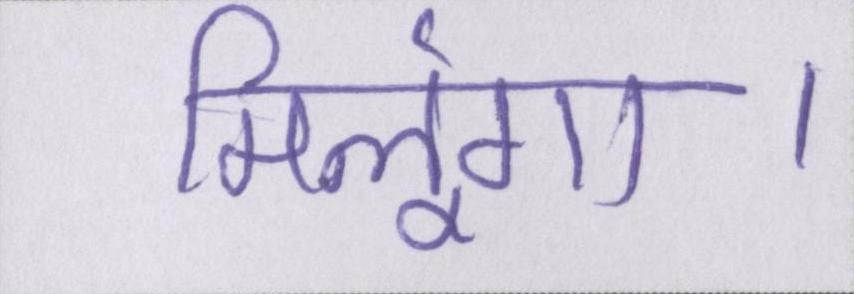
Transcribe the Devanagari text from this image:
मिलूंगा।